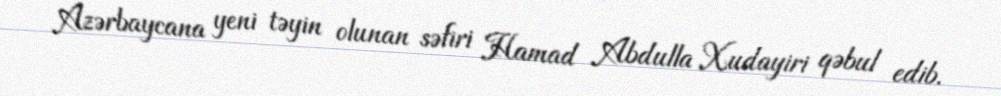
Azərbaycana yeni təyin olunan səfiri Hamad Abdulla Xudayiri qəbul edib.